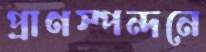
প্রাণস্পন্দনে